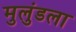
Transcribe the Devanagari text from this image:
मुलुंडला